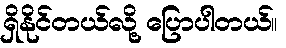
ရှိနိုင်တယ်လို့ ပြောပါတယ်။